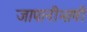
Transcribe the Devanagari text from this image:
जापानीभाषी